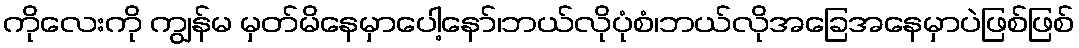
ကိုလေးကို ကျွန်မ မှတ်မိနေမှာပေါ့နော်၊ဘယ်လိုပုံစံ၊ဘယ်လိုအခြေအနေမှာပဲဖြစ်ဖြစ်